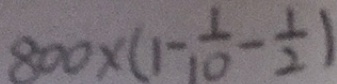
8 0 0 \times ( 1 - \frac { 1 } { 1 0 } - \frac { 1 } { 2 } )